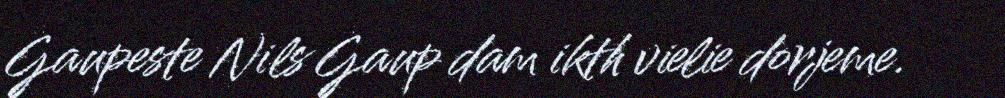
Gaupeste Nils Gaup dam ikth vielie dorjeme.